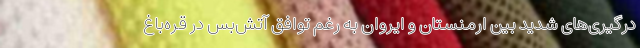
درگیری‌های شدید بین ارمنستان و ایروان به رغم توافق آتش‌بس در قره‌باغ